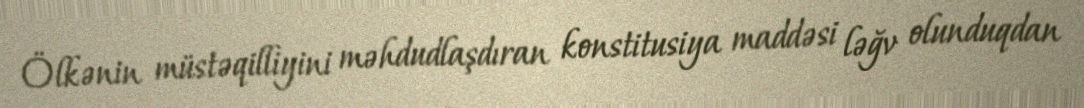
Ölkənin müstəqilliyini məhdudlaşdıran konstitusiya maddəsi ləğv olunduqdan